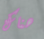
هناك